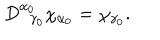
D _ { \; \; \gamma _ { 0 } } ^ { \alpha _ { 0 } } \chi _ { \alpha _ { 0 } } = \chi _ { \gamma _ { 0 } } .